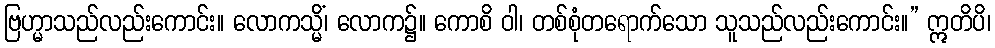
ဗြဟ္မာသည်လည်းကောင်း။ လောကသ္မိံ၊ လောက၌။ ကောစိ ဝါ၊ တစ်စုံတရောက်သော သူသည်လည်းကောင်း။” ဣတိပိ၊